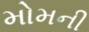
મોમની